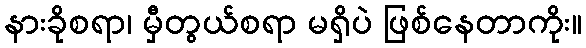
နားခိုစရာ၊ မှီတွယ်စရာ မရှိပဲ ဖြစ်နေတာကိုး။